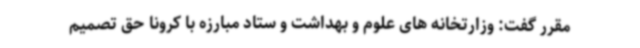
مقرر گفت: وزارتخانه های علوم و بهداشت و ستاد مبارزه با کرونا حق تصمیم